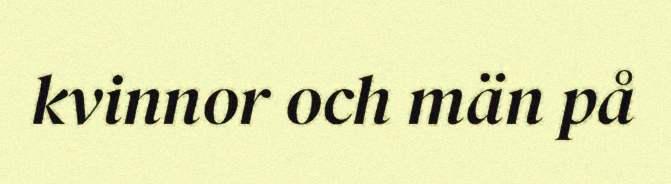
kvinnor och män på